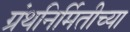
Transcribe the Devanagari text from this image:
ग्रंथनिर्मितीच्या